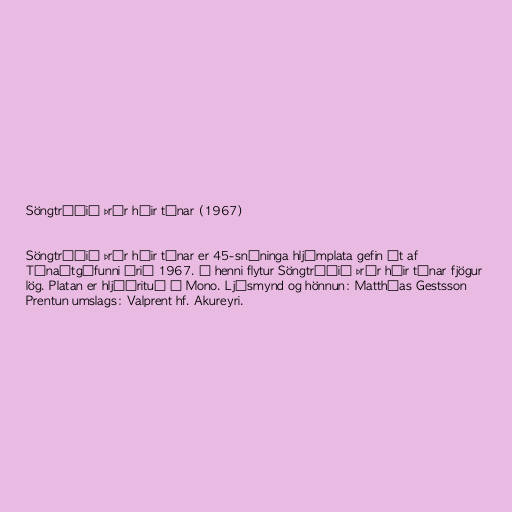
Söngtríóið Þrír háir tónar (1967)

Söngtríóið Þrír háir tónar er 45-snúninga hljómplata gefin út af
Tónaútgáfunni árið 1967. Á henni flytur Söngtríóið Þrír háir tónar fjögur
lög. Platan er hljóðrituð í Mono. Ljósmynd og hönnun: Matthías Gestsson
Prentun umslags: Valprent hf. Akureyri.